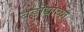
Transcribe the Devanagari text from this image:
बडॊद्याच्या